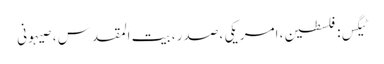
ٹیگس: فلسطین ، امریکی ، صدر ، بیت المقدس ، صیہونی